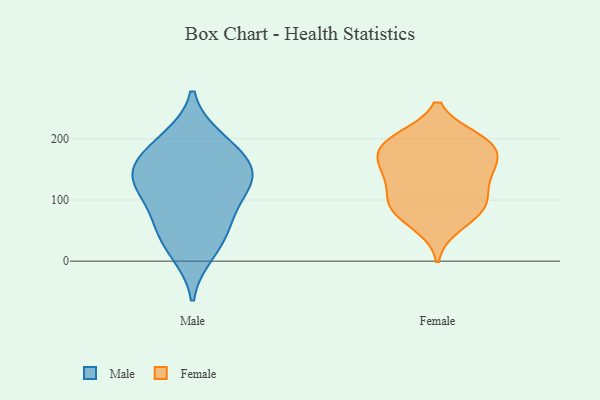
{"axis": {"x": "Bounce Rate (%)", "y": "Value"}, "legend": ["Female", "Male"], "data": [{"x": "", "y": 193, "type": "Male"}, {"x": "", "y": 160, "type": "Male"}, {"x": "", "y": 66, "type": "Male"}, {"x": "", "y": 200, "type": "Male"}, {"x": "", "y": 113, "type": "Male"}, {"x": "", "y": 135, "type": "Male"}, {"x": "", "y": 125, "type": "Male"}, {"x": "", "y": 140, "type": "Male"}, {"x": "", "y": 158, "type": "Male"}, {"x": "", "y": 13, "type": "Male"}, {"x": "", "y": 71, "type": "Male"}, {"x": "", "y": 35, "type": "Male"}, {"x": "", "y": 194, "type": "Female"}, {"x": "", "y": 92, "type": "Female"}, {"x": "", "y": 181, "type": "Female"}, {"x": "", "y": 87, "type": "Female"}, {"x": "", "y": 146, "type": "Female"}, {"x": "", "y": 81, "type": "Female"}, {"x": "", "y": 155, "type": "Female"}, {"x": "", "y": 159, "type": "Female"}, {"x": "", "y": 140, "type": "Female"}, {"x": "", "y": 200, "type": "Female"}, {"x": "", "y": 96, "type": "Female"}, {"x": "", "y": 118, "type": "Female"}, {"x": "", "y": 58, "type": "Female"}, {"x": "", "y": 198, "type": "Female"}, {"x": "", "y": 189, "type": "Female"}]}